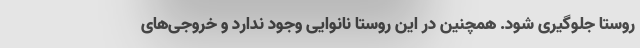
روستا جلوگیری شود. همچنین در این روستا نانوایی وجود ندارد و خروجی‌های